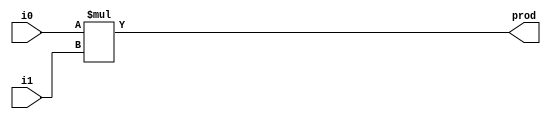
// 16-bit Magnitude Multiplier

module mult16(
	input [15:0] i0, i1,
	output [31:0] prod
);
	assign prod = i0 * i1;
endmodule